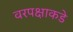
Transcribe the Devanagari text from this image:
वरपक्षाकडे